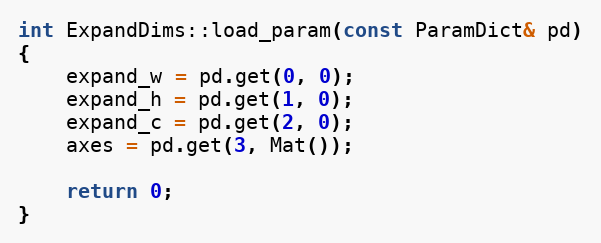
Language: C++
int ExpandDims::load_param(const ParamDict& pd)
{
    expand_w = pd.get(0, 0);
    expand_h = pd.get(1, 0);
    expand_c = pd.get(2, 0);
    axes = pd.get(3, Mat());

    return 0;
}